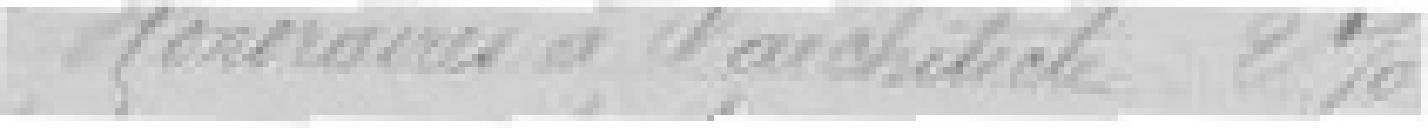
Honoraires à l'architecte 2 %